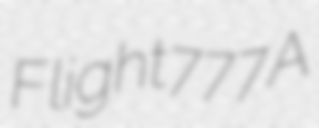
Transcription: Flight 777A